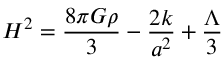
H ^ { 2 } = \frac { 8 \pi G \rho } { 3 } - \frac { 2 k } { a ^ { 2 } } + \frac { \Lambda } { 3 }